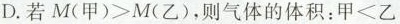
D.若$$M ( 甲 ) > M ( 乙 )$$，则气体的体积：$$甲 < 乙$$